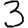
Digit: 3